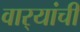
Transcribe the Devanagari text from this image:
वार्‍यांची